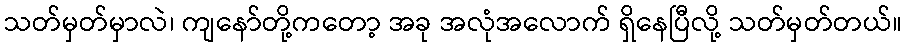
သတ်မှတ်မှာလဲ၊ ကျနော်တို့ကတော့ အခု အလုံအလောက် ရှိနေပြီလို့ သတ်မှတ်တယ်။